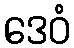
ဒေဝံ